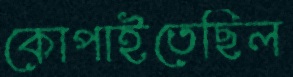
কোপাইতেছিল